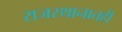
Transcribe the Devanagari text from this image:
राजस्थानातही